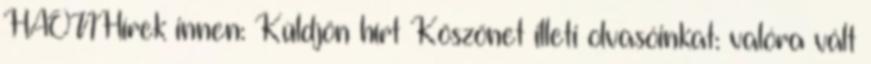
HAONHírek innen: Küldjön hírt Köszönet illeti olvasóinkat: valóra vált